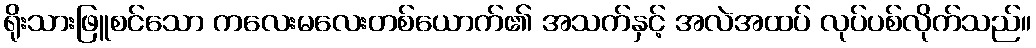
ရိုးသားဖြူစင်သော ကလေးမလေးတစ်ယောက်၏ အသက်နှင့် အလဲအထပ် လုပ်ပစ်လိုက်သည်။